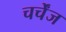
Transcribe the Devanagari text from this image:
चर्चेंज